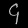
Digit: ၄